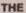
THE